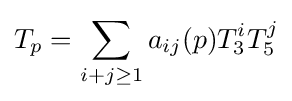
T_{p}=\sum _{i+j\geq 1}a_{ij}(p)T_{3}^{i}T_{5}^{j}